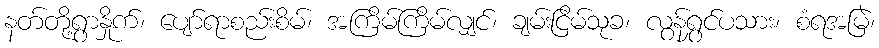
နတ်တို့ရွာနှိုက်၊ ပျော်ရာစည်းစိမ်၊ အကြိမ်ကြိမ်လျှင်၊ ချမ်းငြိမ်သုခ၊ လွန်ရွှင်ပသား၊ စံရအမြဲ၊